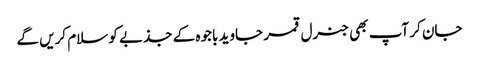
جان کر آپ بھی جنرل قمر جاوید باجوہ کے جذبے کو سلام کریں گے